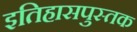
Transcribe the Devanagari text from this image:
इतिहासपुस्तक